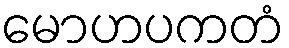
မောဟပကတံ